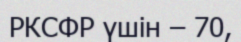
РКСФР үшін – 70,